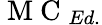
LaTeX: \mathrm{~M~C~}_{Ed.}